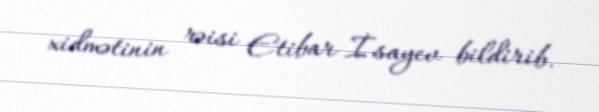
xidmətinin rəisi Etibar İsayev bildirib.